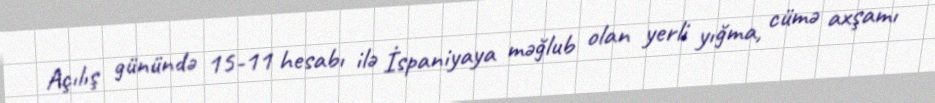
Açılış günündə 15-11 hesabı ilə İspaniyaya məğlub olan yerli yığma, cümə axşamı